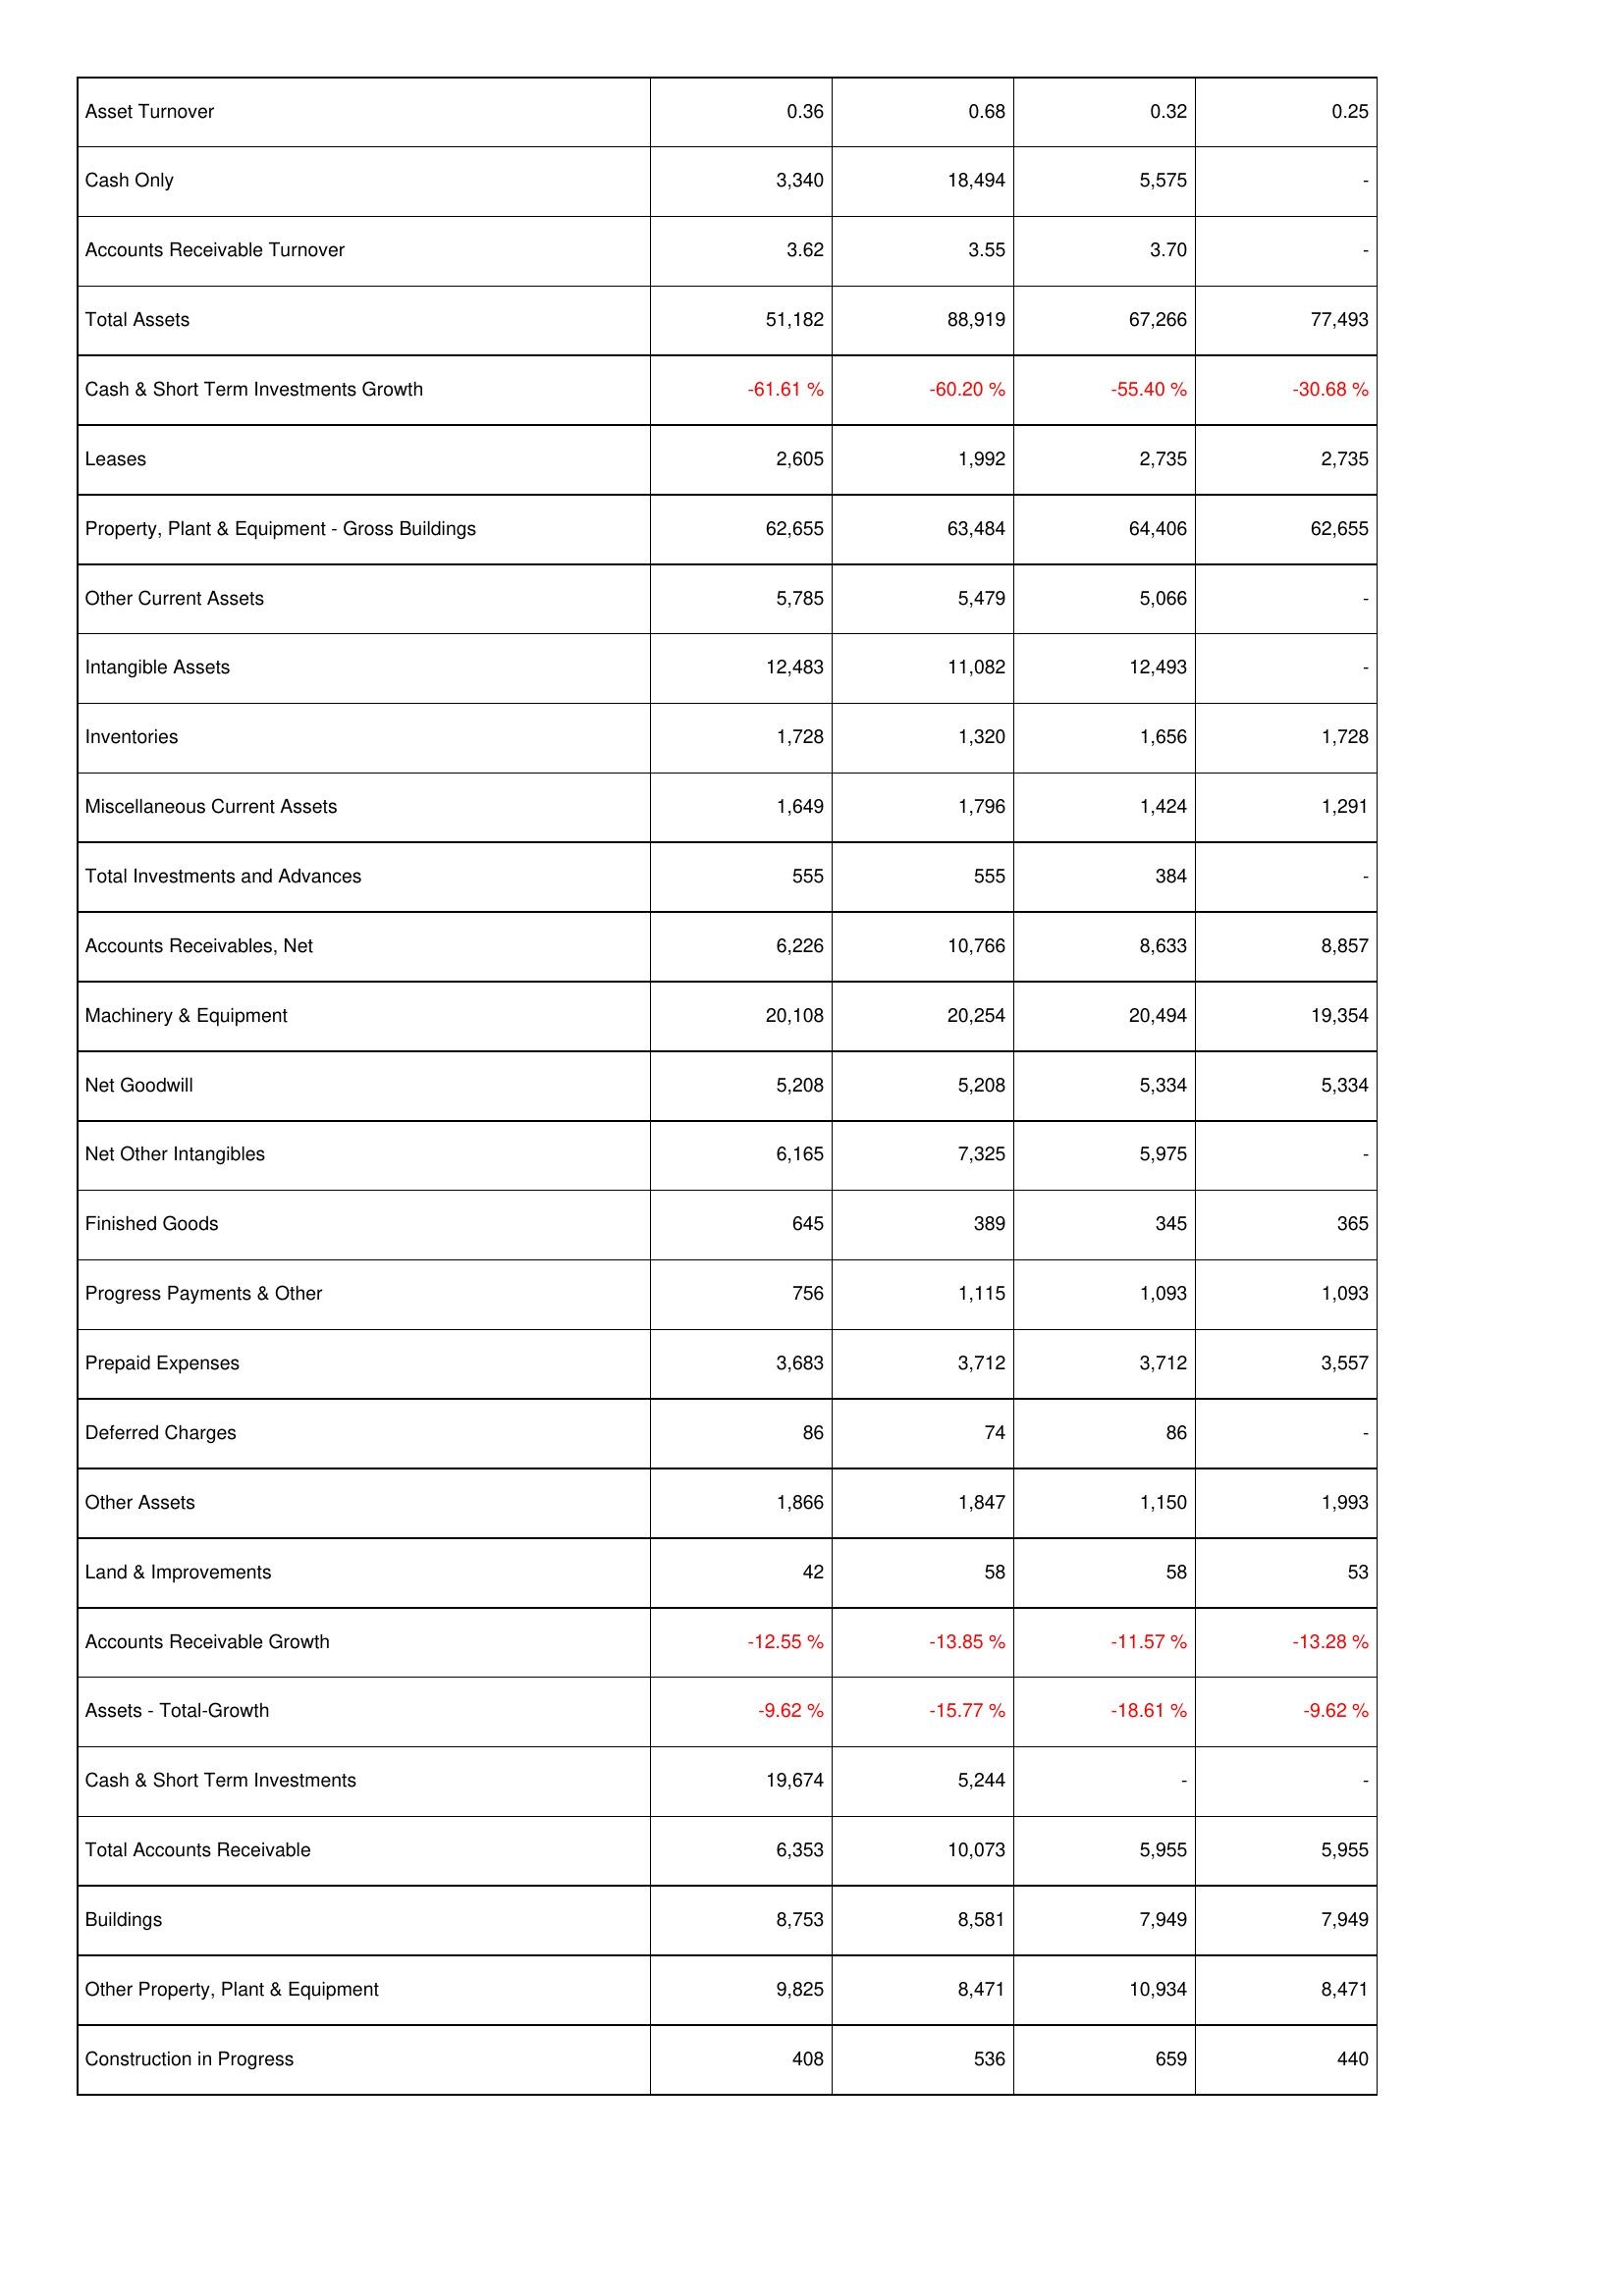
2014: Assets: Asset Turnover: 0.36
Cash Only: 3,340
Accounts Receivable Turnover: 3.62
Total Assets: 51,182
Cash & Short Term Investments Growth: -61.61 %
Leases: 2,605
Property, Plant & Equipment - Gross Buildings: 62,655
Other Current Assets: 5,785
Intangible Assets: 12,483
Inventories: 1,728
Miscellaneous Current Assets: 1,649
Total Investments and Advances: 555
Accounts Receivables, Net: 6,226
Machinery & Equipment: 20,108
Net Goodwill: 5,208
Net Other Intangibles: 6,165
Finished Goods: 645
Progress Payments & Other: 756
Prepaid Expenses: 3,683
Deferred Charges: 86
Other Assets: 1,866
Land & Improvements: 42
Accounts Receivable Growth: -12.55 %
Assets - Total-Growth: -9.62 %
Cash & Short Term Investments: 19,674
Total Accounts Receivable: 6,353
Buildings: 8,753
Other Property, Plant & Equipment: 9,825
Construction in Progress: 408
2013: Assets: Asset Turnover: 0.68
Cash Only: 18,494
Accounts Receivable Turnover: 3.55
Total Assets: 88,919
Cash & Short Term Investments Growth: -60.20 %
Leases: 1,992
Property, Plant & Equipment - Gross Buildings: 63,484
Other Current Assets: 5,479
Intangible Assets: 11,082
Inventories: 1,320
Miscellaneous Current Assets: 1,796
Total Investments and Advances: 555
Accounts Receivables, Net: 10,766
Machinery & Equipment: 20,254
Net Goodwill: 5,208
Net Other Intangibles: 7,325
Finished Goods: 389
Progress Payments & Other: 1,115
Prepaid Expenses: 3,712
Deferred Charges: 74
Other Assets: 1,847
Land & Improvements: 58
Accounts Receivable Growth: -13.85 %
Assets - Total-Growth: -15.77 %
Cash & Short Term Investments: 5,244
Total Accounts Receivable: 10,073
Buildings: 8,581
Other Property, Plant & Equipment: 8,471
Construction in Progress: 536
2012: Assets: Asset Turnover: 0.32
Cash Only: 5,575
Accounts Receivable Turnover: 3.70
Total Assets: 67,266
Cash & Short Term Investments Growth: -55.40 %
Leases: 2,735
Property, Plant & Equipment - Gross Buildings: 64,406
Other Current Assets: 5,066
Intangible Assets: 12,493
Inventories: 1,656
Miscellaneous Current Assets: 1,424
Total Investments and Advances: 384
Accounts Receivables, Net: 8,633
Machinery & Equipment: 20,494
Net Goodwill: 5,334
Net Other Intangibles: 5,975
Finished Goods: 345
Progress Payments & Other: 1,093
Prepaid Expenses: 3,712
Deferred Charges: 86
Other Assets: 1,150
Land & Improvements: 58
Accounts Receivable Growth: -11.57 %
Assets - Total-Growth: -18.61 %
Cash & Short Term Investments: -
Total Accounts Receivable: 5,955
Buildings: 7,949
Other Property, Plant & Equipment: 10,934
Construction in Progress: 659
2011: Assets: Asset Turnover: 0.25
Cash Only: -
Accounts Receivable Turnover: -
Total Assets: 77,493
Cash & Short Term Investments Growth: -30.68 %
Leases: 2,735
Property, Plant & Equipment - Gross Buildings: 62,655
Other Current Assets: -
Intangible Assets: -
Inventories: 1,728
Miscellaneous Current Assets: 1,291
Total Investments and Advances: -
Accounts Receivables, Net: 8,857
Machinery & Equipment: 19,354
Net Goodwill: 5,334
Net Other Intangibles: -
Finished Goods: 365
Progress Payments & Other: 1,093
Prepaid Expenses: 3,557
Deferred Charges: -
Other Assets: 1,993
Land & Improvements: 53
Accounts Receivable Growth: -13.28 %
Assets - Total-Growth: -9.62 %
Cash & Short Term Investments: -
Total Accounts Receivable: 5,955
Buildings: 7,949
Other Property, Plant & Equipment: 8,471
Construction in Progress: 440